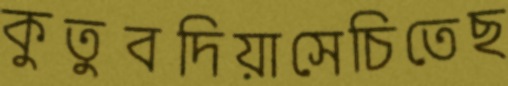
কুতুবদিয়াসেচিতেছ